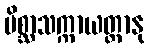
မိစ္ဆာသက္ကာယတ္တာနု